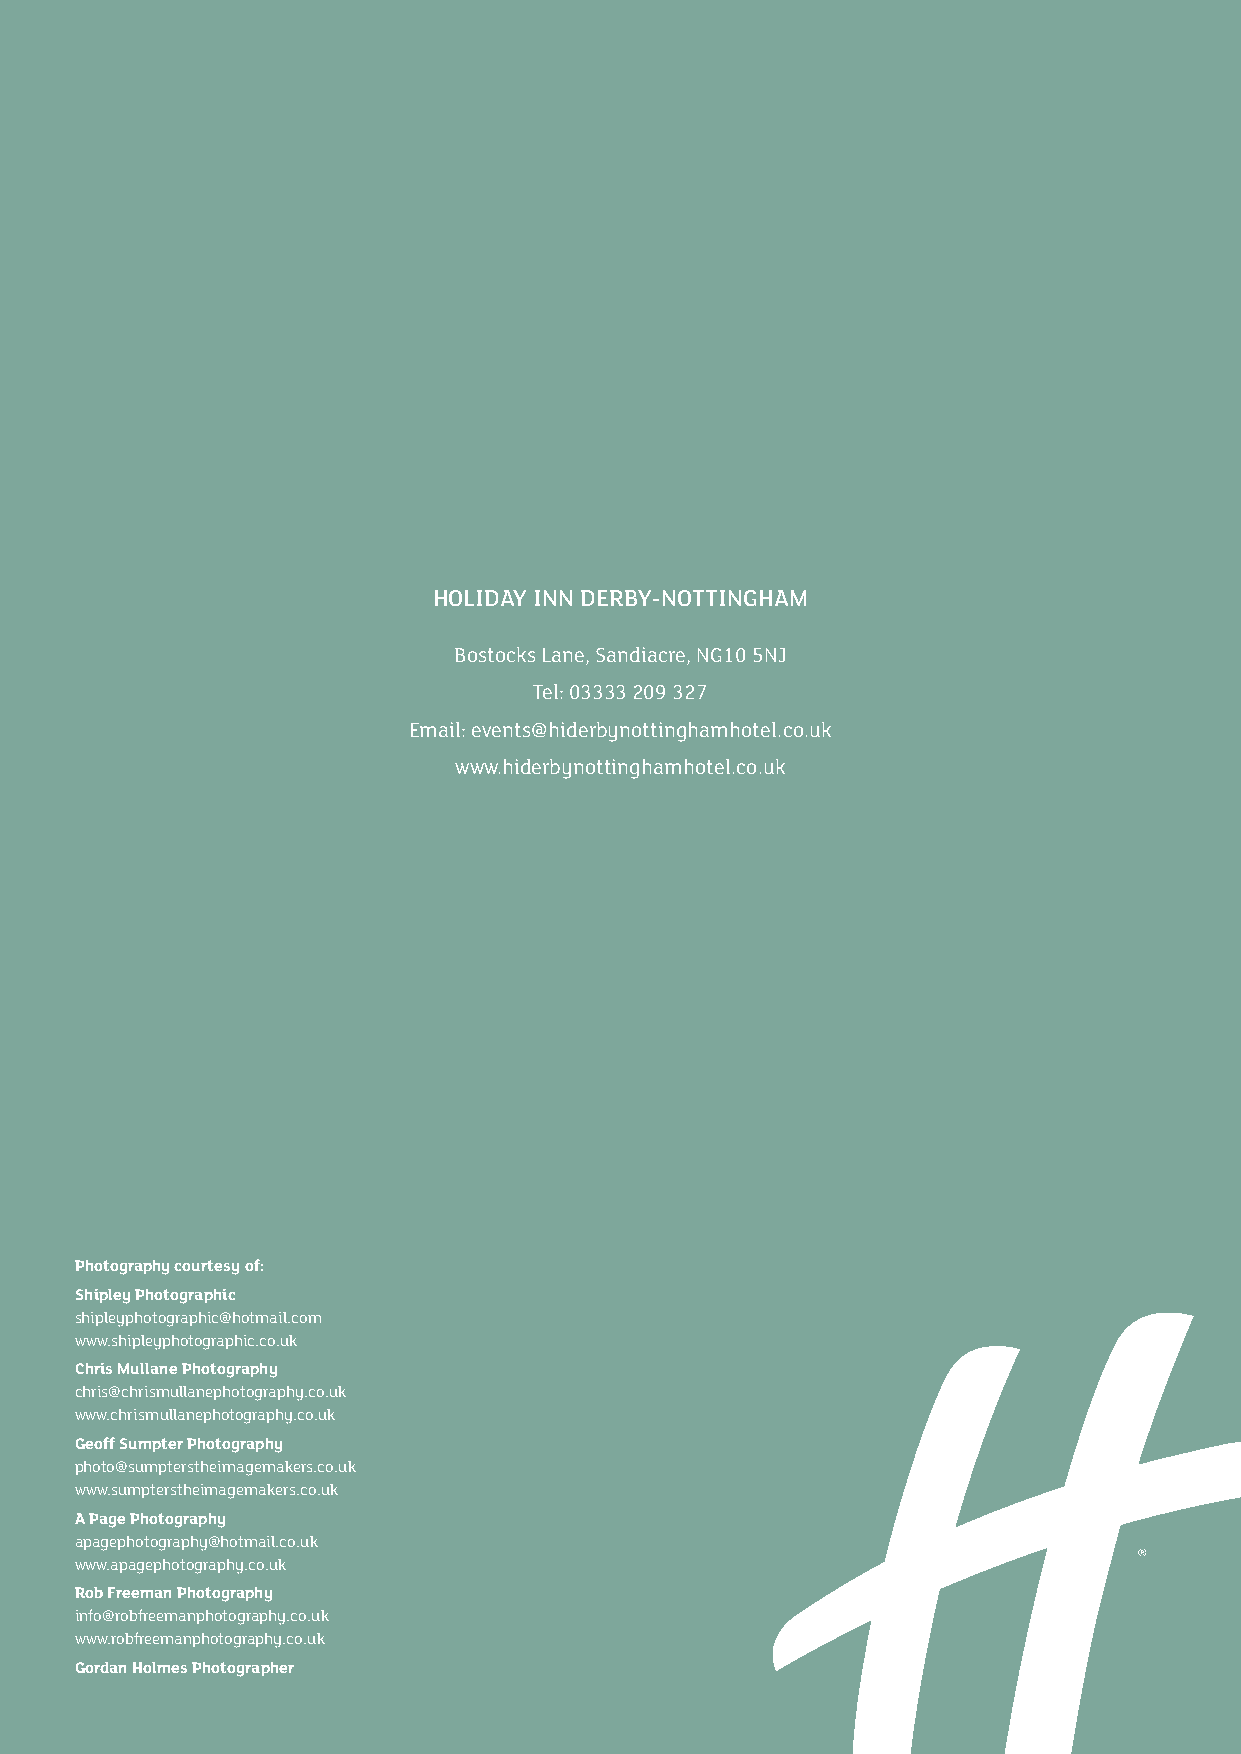
HOLIDAY INN DERBY-NOTTINGHAM
 Bostocks Lane, Sandiacre, NG10 5NJ
 Tel: 03333 209 327
 Email: events@hiderbynottinghamhotel.co.uk
 www.hiderbynottinghamhotel.co.uk
 Photography courtesy of:
 Shipley Photographic
 shipleyphotographic@hotmail.com
 www.shipleyphotographic.co.uk
 Chris Mullane Photography
 chris@chrismullanephotography.co.uk
 www.chrismullanephotography.co.uk
 Geoff Sumpter Photography
 photo@sumpterstheimagemakers.co.uk
 www.sumpterstheimagemakers.co.uk
 A Page Photography
 apagephotography@hotmail.co.uk
 www.apagephotography.co.uk
 Rob Freeman Photography
 info@robfreemanphotography.co.uk
 www.robfreemanphotography.co.uk
 Gordan Holmes Photographer